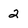
Character: 2